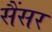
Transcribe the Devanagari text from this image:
सैंसर